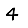
Digit: 4